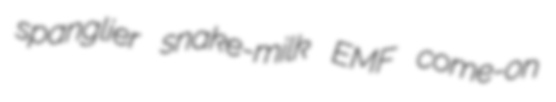
spanglier snake-milk EMF come-on